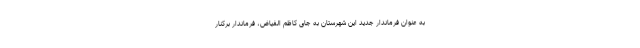
به عنوان فرماندار جدید این شهرستان به جای کاظم الفیاض، فرماندار برکنار